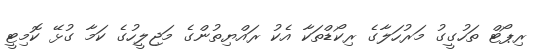
ރިޕޯޓް ތަހުގީގު މަރުހަލާގެ ރިކޯޑްތަކާ އެކު ރައްޔިތުންގެ މަޖިލީހުގެ ކަމާ ގުޅޭ ކޮމިޓީ